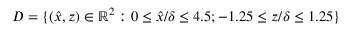
D = \{ ( \hat { x } , z ) \in \mathbb { R } ^ { 2 } : 0 \leq \hat { x } / \delta \leq 4 . 5 ; - 1 . 2 5 \leq z / \delta \leq 1 . 2 5 \}